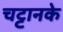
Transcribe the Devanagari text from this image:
चट्टानके